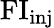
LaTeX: \mathrm{FI_{inj}}